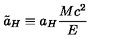
\tilde { a } _ { H } \equiv a _ { H } \frac { M c ^ { 2 } } { E }